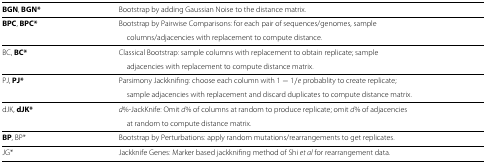
| BGN, BGN* | Bootstrap by adding Gaussian Noise to the distance matrix. |  |
 | --- | --- | --- |
 | BPC, BPC* | Bootstrap by Pairwise Comparisons: for each pair of sequences/genomes, sample |  |
 |  | columns/adjacencies with replacement to compute distance. |  |
 | BC, BC* | Classical Bootstrap: sample columns with replacement to obtain replicate; sample |  |
 |  | adjacencies with replacement to compute distance matrix. |  |
 | PJ, PJ* | Parsimony Jackknifing: choose each column with 1−1/e probablity to create replicate; |  |
 |  | sample adjacencies with replacement and discard duplicates to compute distance matrix. |  |
 | dJK, dJK* | d%-JackKnife: Omit d% of columns at random to produce replicate; omit d% of adjacencies |  |
 |  | at random to compute distance matrix. |  |
 | BP, BP* | Bootstrap by Perturbations: apply random mutations/rearrangements to get replicates. |  |
 | JG* | Jackknife Genes: Marker based jackknifing method of Shi et al for rearrangement data. |  |